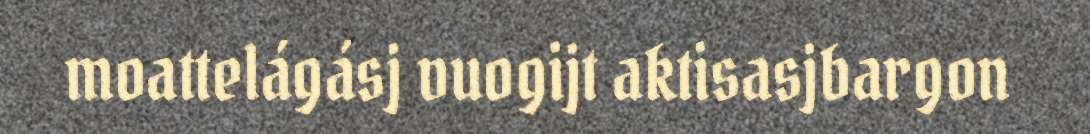
moattelágásj vuogijt aktisasjbargon